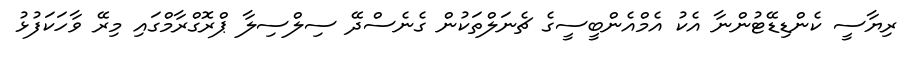
ރިޔާސީ ކެންޑިޑޭޓުންނާ އެކު އެމްއެންބީސީގެ ޗެނަލްތަކުން ގެނެސްދޭ ސިލްސިލާ ޕްރޮގްރާމްގައި މިރޭ ވާހަކަފުޅު